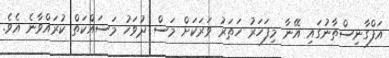
އަފްގާނިސްތާނުގައި އޭނާ މިފަހަރު ހަތަރު ވަރަކަށް މަސް ދުވަހު މަސައްކަތް ކުރައްވާނެ އެވެ.